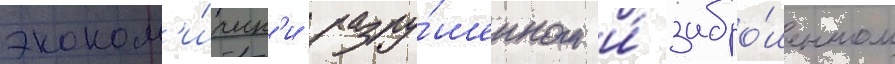
эконом'и́ческ'и разру́шенном и́ забро́шенном